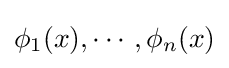
\phi _{1}(x),\cdots ,\phi _{n}(x)